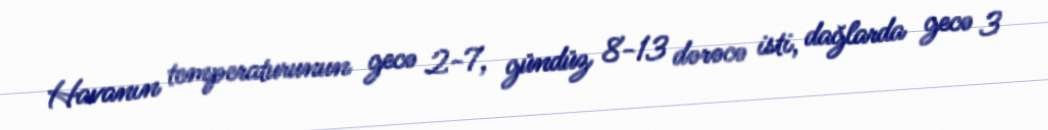
Havanın temperaturunun gecə 2-7, gündüz 8-13 dərəcə isti, dağlarda gecə 3